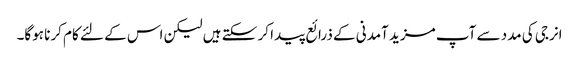
انرجی کی مدد سے آپ مزید آمدنی کے ذرائع پیدا کر سکتے ہیں لیکن اس کے لئے کام کرنا ہوگا۔